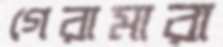
গেরামারা